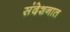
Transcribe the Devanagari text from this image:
संदेशनात